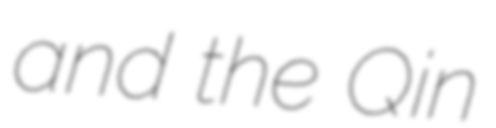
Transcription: and the Qin